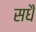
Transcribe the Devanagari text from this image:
सधै